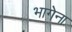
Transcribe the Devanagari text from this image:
भागेना